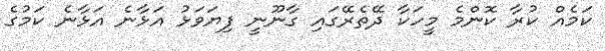
ކަމެއް ކުރާ ކޮންމެ މީހަކާ ދޭތެރޭގައި ގާނޫނީ ފިޔަވަޅު އަޅާނެ އަޅާނެ ކަމުގެ